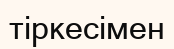
тіркесімен